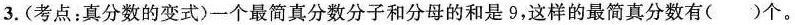
3.(考点：真分数的变式)一个最简真分数分子和分母的和是9，这样的最简真分数有()个。